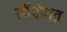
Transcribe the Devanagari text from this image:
नीतंबात